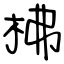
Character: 柫